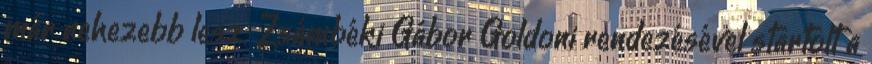
már nehezebb lesz. Zsámbéki Gábor Goldoni rendezésével startolt a